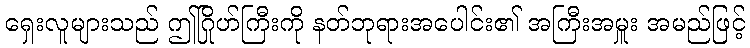
ရှေးလူများသည် ဤဂြိုဟ်ကြီးကို နတ်ဘုရားအပေါင်း၏ အကြီးအမှူး အမည်ဖြင့်